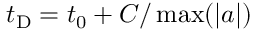
t _ { \mathrm { D } } = t _ { 0 } + C / \operatorname* { m a x } ( \lvert a \rvert )